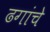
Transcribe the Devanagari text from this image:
ढगांचे